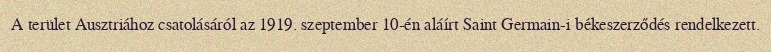
A terület Ausztriához csatolásáról az 1919. szeptember 10-én aláírt Saint Germain-i békeszerződés rendelkezett.